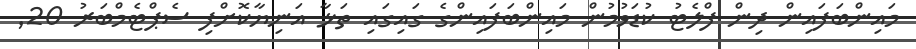
މައިންބަފައިން ދިން ފްލެޓު ކުޑަވުމުން މައިންބަފައިންގެ ގައިގައި ތަޅާ އަނިޔާކޮށްފި ސެޕްޓެމްބަރު 20